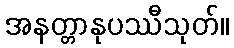
အနတ္တာနုပဿီသုတ်။